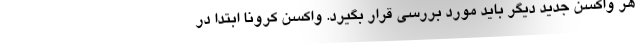
هر واکسن جدید دیگر باید مورد بررسی قرار بگیرد. واکسن کرونا ابتدا در